65_HS1-834228961_62-HQ-83894_Section_4
Agency: FBI
Page 188
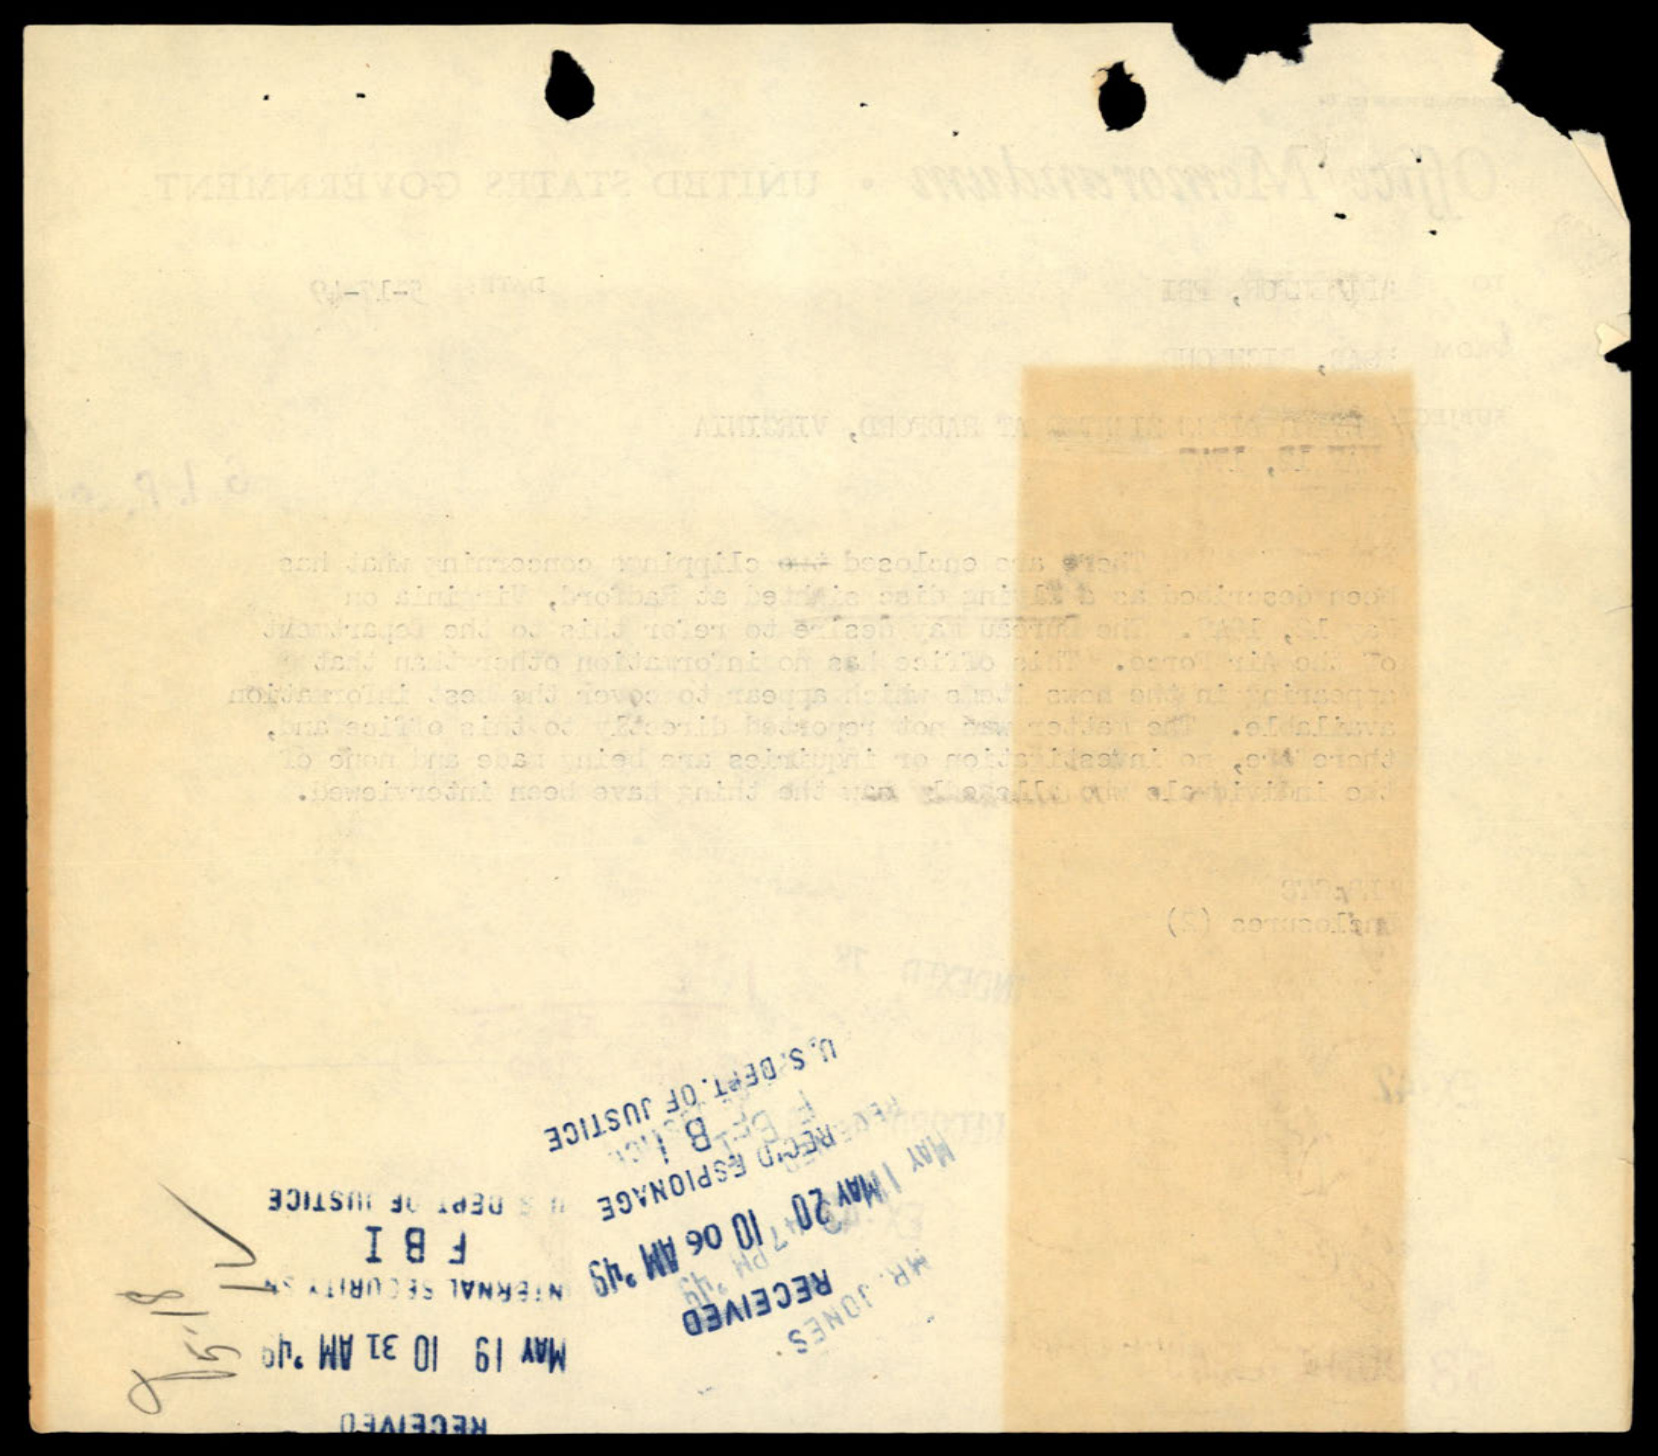